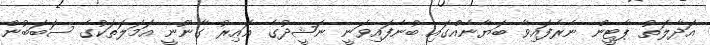
އަދާލަތު ޕާޓީން ނެރެފައިވާ ބަޔާނެއްގައި ބުނެފައިވަނީ ނަޝީދުގެ ޣައިރު ގާނޫނީ އަމަލަތަކުގެ ސަބަބުން